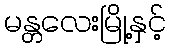
မန္တလေးမြို့နှင့်